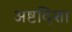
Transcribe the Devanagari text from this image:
अष्टदिशा